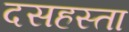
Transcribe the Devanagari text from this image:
दसहस्ता